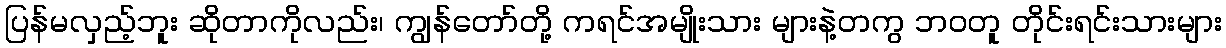
ပြန်မလှည့်ဘူး ဆိုတာကိုလည်း၊ ကျွန်တော်တို့ ကရင်အမျိုးသား များနဲ့တကွ ဘဝတူ တိုင်းရင်းသားများ